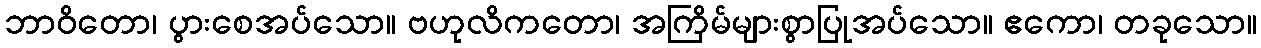
ဘာဝိတော၊ ပွားစေအပ်သော။ ဗဟုလိကတော၊ အကြိမ်များစွာပြုအပ်သော။ ဧကော၊ တခုသော။